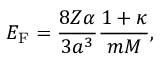
E _ { \mathrm { F } } = \frac { 8 Z \alpha } { 3 a ^ { 3 } } \frac { 1 + \kappa } { m M } ,